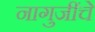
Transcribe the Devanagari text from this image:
नागुजींचे